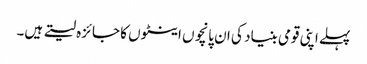
پہلے اپنی قومی بنیاد کی ان پانچوں اینٹوں کا جائزہ لیتے ہیں۔